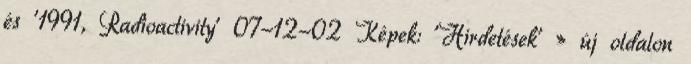
és '1991, Radioactivity' 07-12-02 Képek: 'Hirdetések' » új oldalon